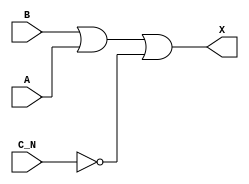
module sky130_fd_sc_ls__or3b_8 (
    X  ,
    A  ,
    B  ,
    C_N
);
    output X  ;
    input  A  ;
    input  B  ;
    input  C_N;
    wire not0_out ;
    wire or0_out_X;
    not not0 (not0_out , C_N            );
    or  or0  (or0_out_X, B, A, not0_out );
    buf buf0 (X        , or0_out_X      );
endmodule